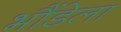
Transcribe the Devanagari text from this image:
भौंडेला